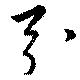
引